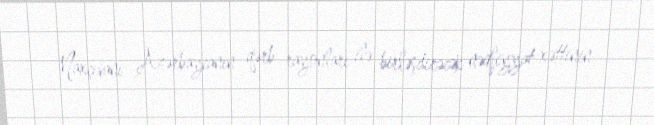
Naxçıvanı Azərbaycanın qərb rayonları ilə birləşdirəcək nəqliyyat xəttinin